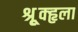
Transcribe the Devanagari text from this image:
श्रूृृक्हृला